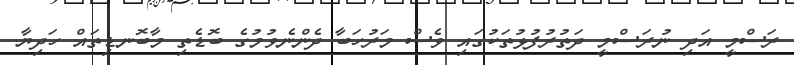
ރަސްމީ އަދި ނުރަސްމީ ދަތުރުފުޅުތަކުގައި ވެސް މަރުހަބާ ދެންނެވުމުގެ ބޮޑެތި މާބޮނޑިތައް ހަދިޔާ